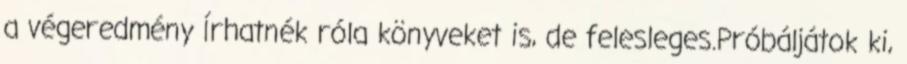
a végeredmény Írhatnék róla könyveket is, de felesleges.Próbáljátok ki,